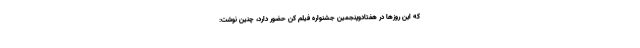
که این روزها در هفتادوپنجمین جشنواره فیلم کن حضور دارد، چنین نوشت: